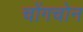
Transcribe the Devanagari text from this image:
चोंगचोन